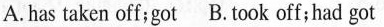
A.has taken off;got B.took off；had got